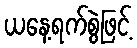
ယနေ့ရက်စွဲဖြင့်